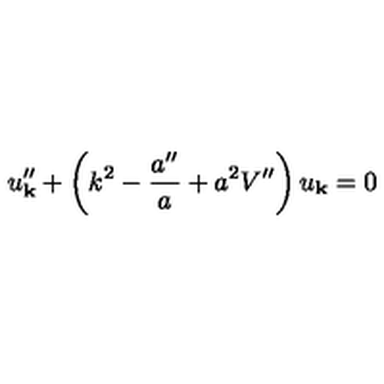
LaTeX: u _ { \bf k } ^ { \prime \prime } + \left( k ^ { 2 } - \frac { a ^ { \prime \prime } } { a } + a ^ { 2 } V ^ { \prime \prime } \right) u _ { \bf k } = 0